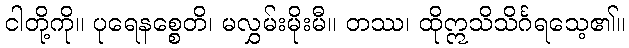
ငါတို့ကို။ ပုရေနစ္စေတိ၊ မလွှမ်းမိုးမီ။ တဿ၊ ထိုဣသိသိင်္ဂရသေ့၏။